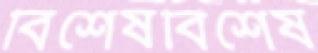
বিশেষবিশেষ